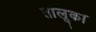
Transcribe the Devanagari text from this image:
तालूक।